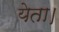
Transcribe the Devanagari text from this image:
येता।